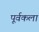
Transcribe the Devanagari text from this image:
पूर्वकला